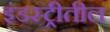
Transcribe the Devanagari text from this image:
इंडस्ट्रीतील